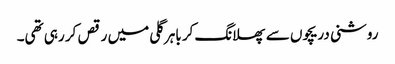
روشنی دریچوں سے پھلانگ کر باہر گلی میں رقص کر رہی تھی۔